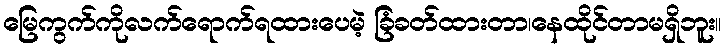
မြေကွက်ကိုလက်ရောက်ရထားပေမဲ့ ခြံခတ်ထားတာ၊နေထိုင်တာမရှိဘူး။